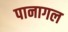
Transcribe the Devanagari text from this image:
पानागल